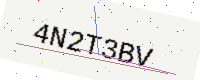
Text: 4N2T3BV